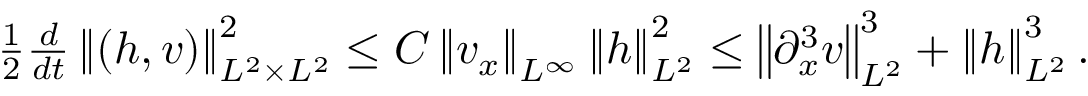
\begin{array} { r } { \frac { 1 } { 2 } \frac { d } { d t } \left\| ( h , v ) \right\| _ { L ^ { 2 } \times L ^ { 2 } } ^ { 2 } \leq C \left\| v _ { x } \right\| _ { L ^ { \infty } } \left\| h \right\| _ { L ^ { 2 } } ^ { 2 } \leq \left\| \partial _ { x } ^ { 3 } v \right\| _ { L ^ { 2 } } ^ { 3 } + \left\| h \right\| _ { L ^ { 2 } } ^ { 3 } . } \end{array}